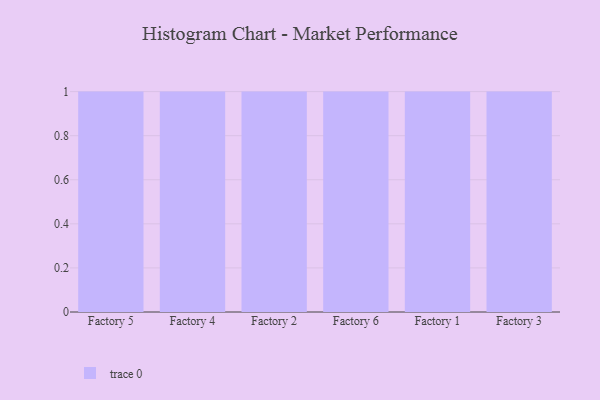
{"axis": {"x": "Factory", "y": "Churn Rate (%)"}, "legend": [""], "data": [{"x": "Factory 5", "y": 98, "type": ""}, {"x": "Factory 4", "y": 41, "type": ""}, {"x": "Factory 2", "y": 85, "type": ""}, {"x": "Factory 6", "y": 10, "type": ""}, {"x": "Factory 1", "y": 74, "type": ""}, {"x": "Factory 3", "y": 25, "type": ""}]}